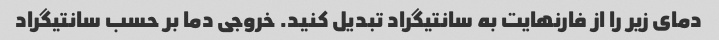
دمای زیر را از فارنهایت به سانتیگراد تبدیل کنید. خروجی دما بر حسب سانتیگراد